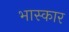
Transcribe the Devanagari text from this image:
भास्कार